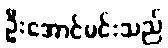
ဦးအောင်မင်းသည်